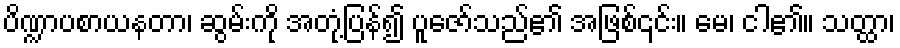
ပိဏ္ဍာပစာယနတာ၊ ဆွမ်းကို အတုံ့ပြန်၍ ပူဇော်သည်၏ အဖြစ်၎င်း။ မေ၊ ငါ၏။ သတ္ထာ၊